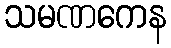
သမဏကေန